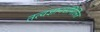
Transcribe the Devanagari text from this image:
तत्वज्ञानसंमिलित